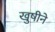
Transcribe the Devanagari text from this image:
खुषीने